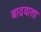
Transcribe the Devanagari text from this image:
बादवाला